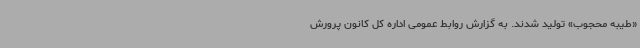
«طیبه محجوب» تولید شدند. به گزارش روابط عمومی اداره کل کانون پرورش